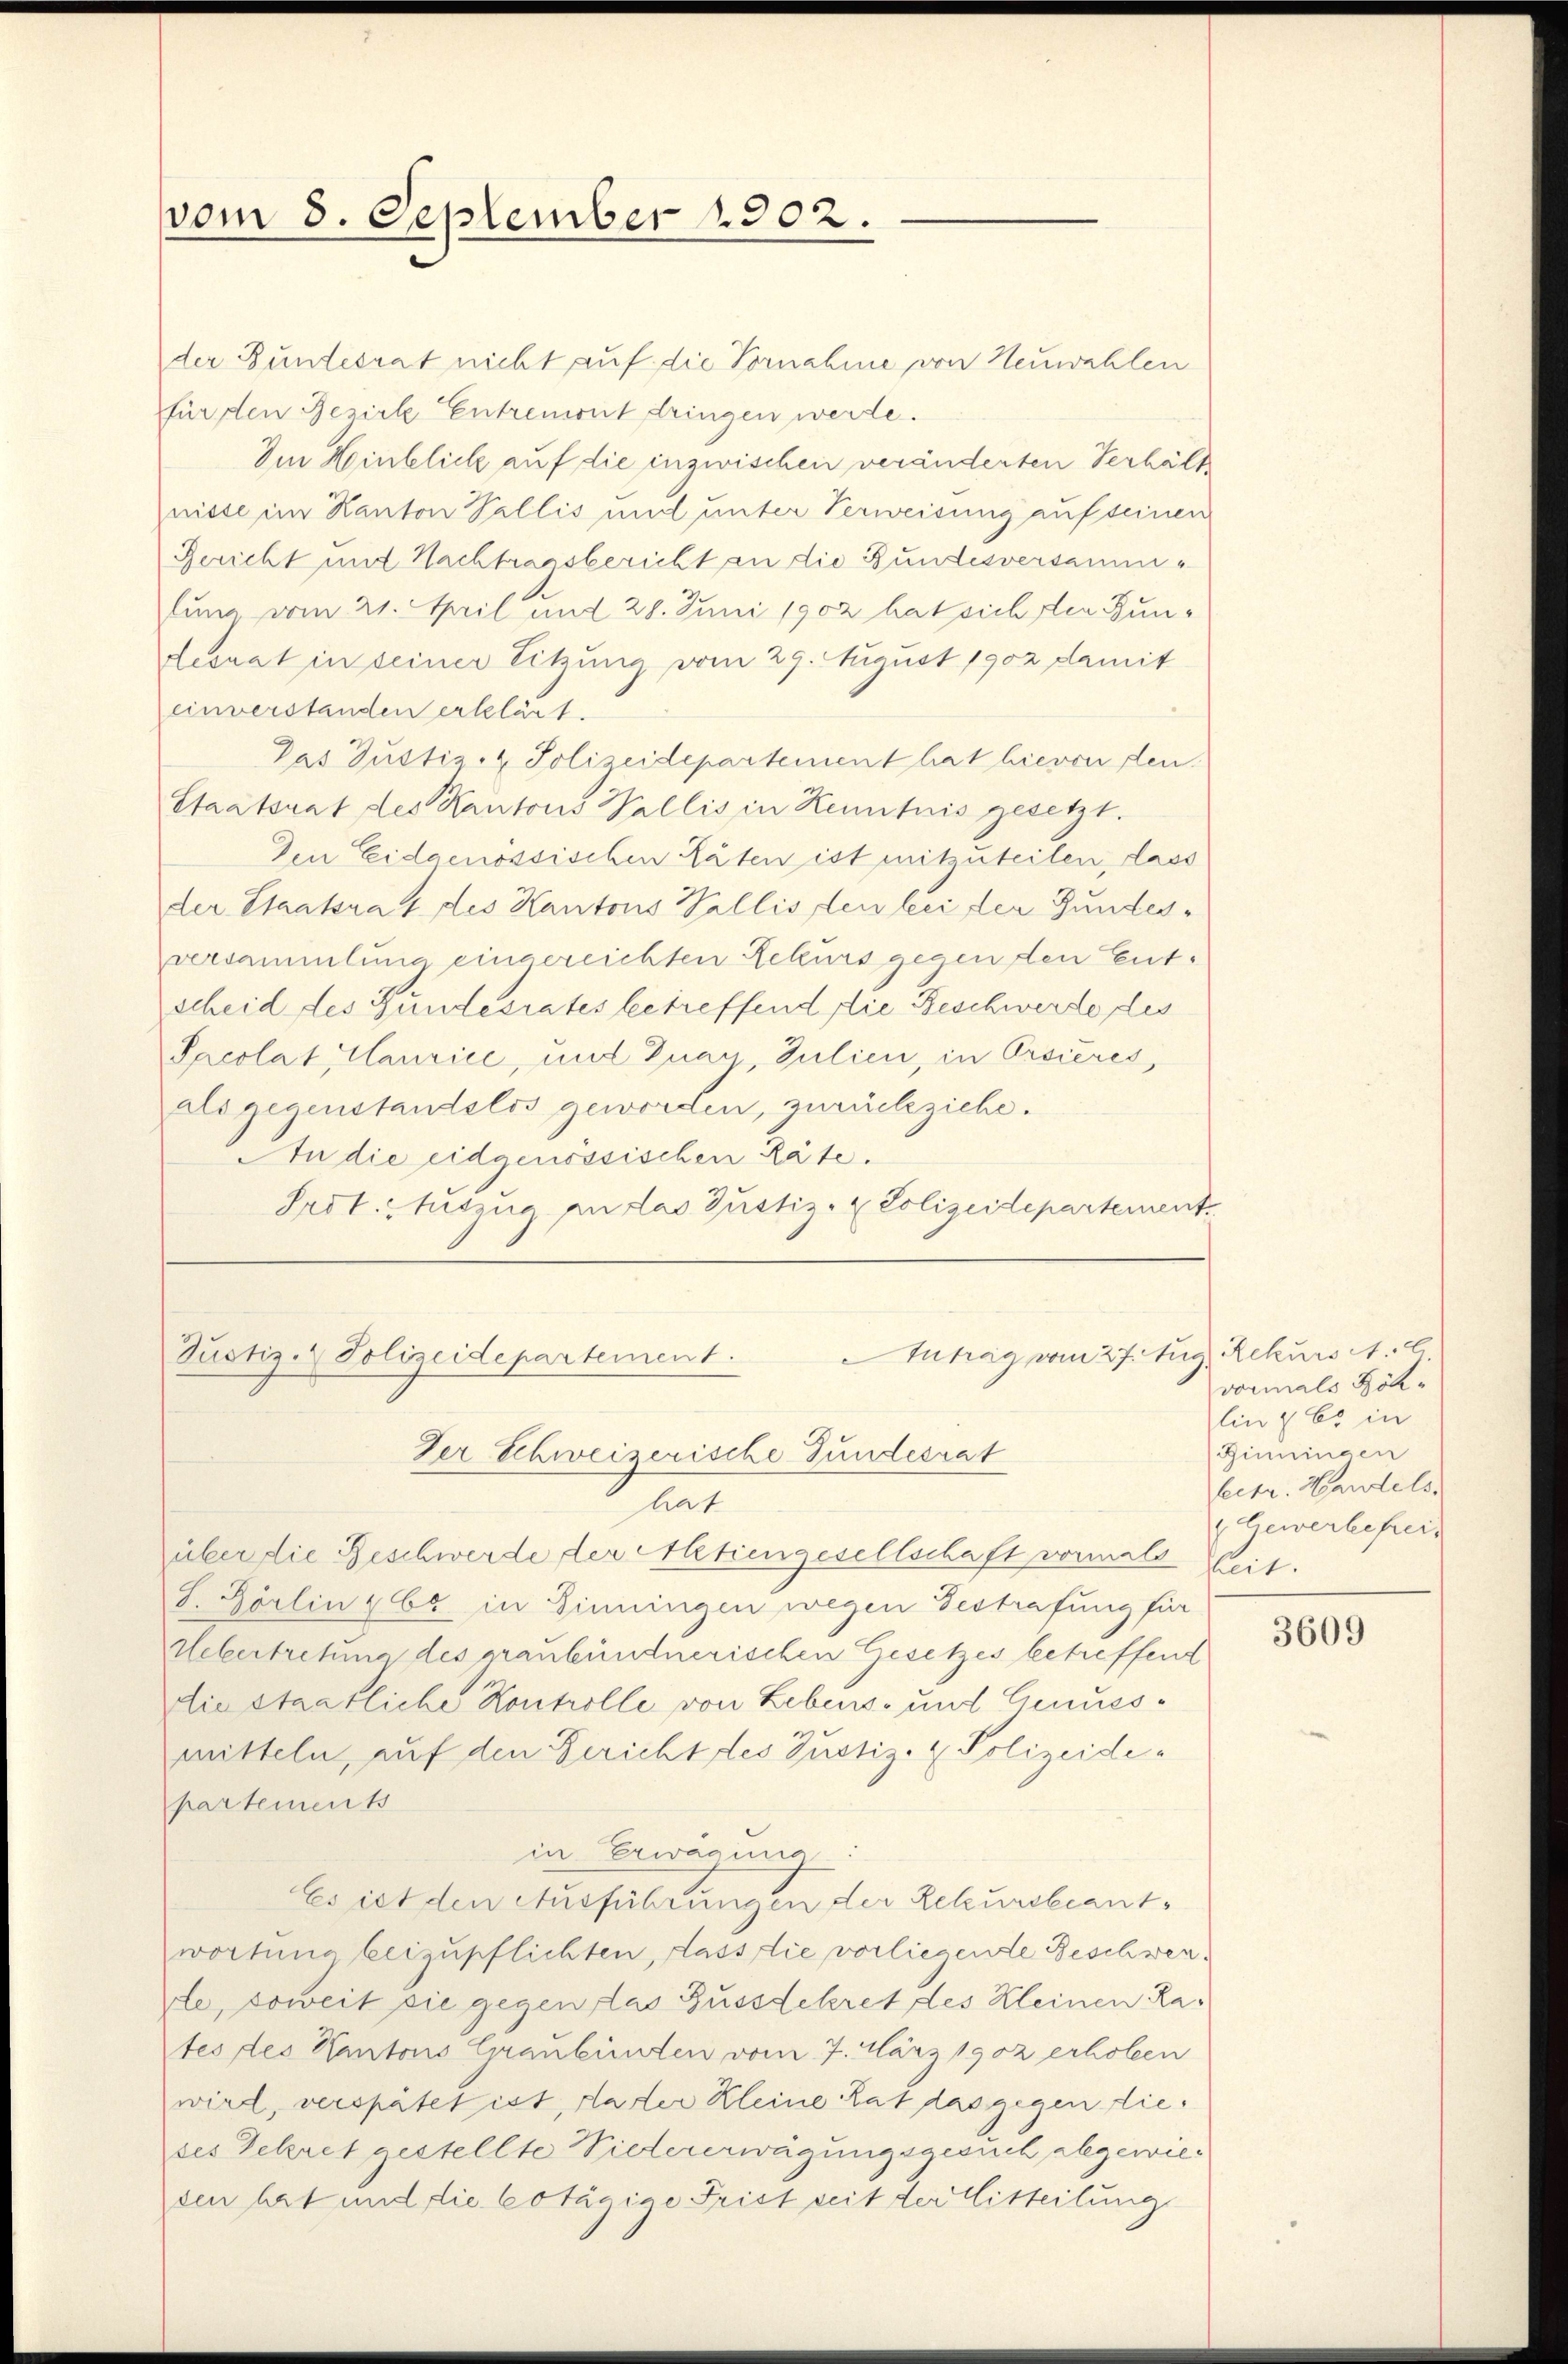
vom 8. September 1902.

der Bundesrat nicht auf die Vornahme von Neuwahlen
für den Bezirk Entremont dringen werde.
Im Hinblick auf die inzwischen veränderten Verhält
nisse im Kanton Vallis und unter Verweisung auf seinen
Bericht mit Nachtragsbericht an die Bundesversammlung vom 21. April und 28. Juni 1902 hat sich den Jundesrat in seiner Sitzung vom 29. August 1902 damit
einverstanden erklärt.
Das Justiz- & Polizeidepartement hat hievon den
Staatsrat des Kantons Wallis in Kenntnis gesetzt.
Den Eidgenössischen täten ist mitzuteilen, lass
der Staatsrat des Kantons Pallisten bei der Gundesversammlung eingereichten Rekurs gegen den Entscheid des Bundesrates betreffend die Beschwerde des
Pacolat Maurice, und Guan Julien, in Ersieres,
als gegenstantelos geworden, zurückziehe.
An die eidgenössischen Räte.
Srdt. Auszug in das Justiz- & Polizeidepartement
Antrag vom 27. Aug. Rekurs A. E
Justiz- & Polizeidepartement.
Der Schweizerische Gundesrat
ant
über die Beschwerde der Aktiengesellschaft vormals
S. Görlin & 66 in Sinningen wegen Gestrafung für
Uebertretung des pranbündnerischen Gesetzes betreffend
die staatliche Kontrolle von Lebens- und Genuesmitteln, auf den Bericht des Justiz- & Polizeidepartements
in Erwäguna
Es ist den Ausführungen der Rekursbeantwortung beizupflichten, dass die vorliegende Beschwerle, soweit sie gegen das Busssekret des Kleinen Rates des Kantons Graubünden vom 7. März 1902 erhoben
wird, verspätet ist, da der Kleine hat das gegen dieses Sekret gestellte Vielererwägungsgesuch abgewieden hat und die Cotägige Frist seit der Witteilung

vormals Joh.
lin z. B. in
Ginningen
lectr. Handels.
Gewerbefrei,
eit.

3609